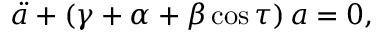
\Ddot { a } + \left( \gamma + \alpha + \beta \cos { \tau } \right) a = 0 ,